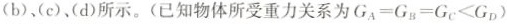
(b)、(c)、(d)所示。(已知物体所受重力关系为G_{A}=G_{B}=G_{C}<G_{D})